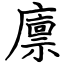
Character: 廪